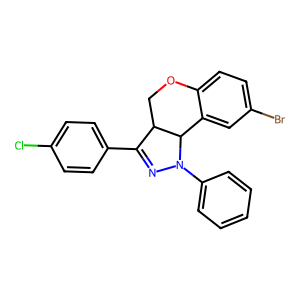
SMILES: Clc1ccc(C2=NN(c3ccccc3)C3c4cc(Br)ccc4OCC23)cc1
Inhibits HIV replication: No